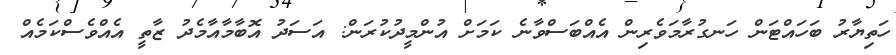
ހަތިޔާރު ބަހައްޓަން ހަނގުރާމަވެރިން އެއްބަސްވާނެ ކަމަށް އުންމީދުކުރަން: އަސަދު އޮބާމާއާމެދު ޒާތީ އެއްވެސްކަމެއް